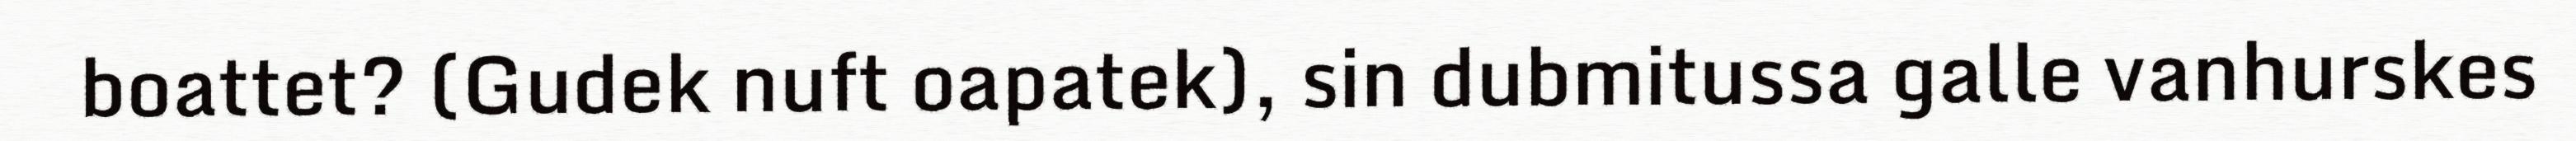
boattet? (Gudek nuft oapatek), sin dubmitussa galle vanhurskes